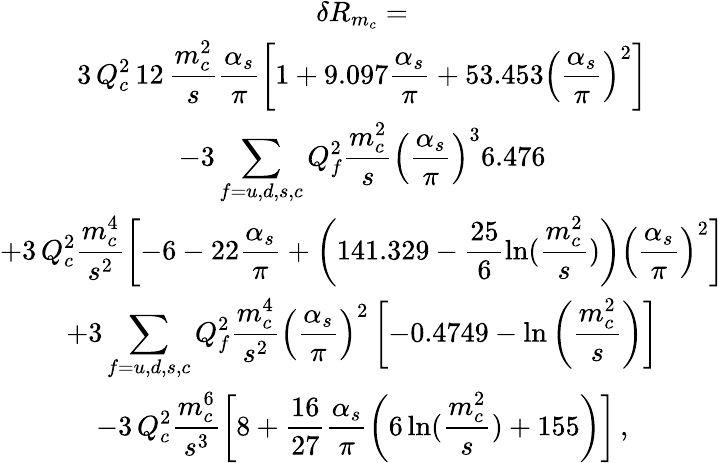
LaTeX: \begin{array}{c}{{\delta R_{m_{c}}=}}\\ {{\displaystyle 3\, Q_{c}^{2}\, 12\, \frac{m_{c}^{2}}{s}\frac{\alpha_{s}}{\pi}\left[1+9.097\frac{\alpha_{s}}{\pi}+53.453\left(\frac{\alpha_{s}}{\pi}\right)^{2}\right]}}\\ {{\displaystyle-3\sum_{f=u,d,s,c}Q_{f}^{2}\frac{m_{c}^{2}}{s}\left(\frac{\alpha_{s}}{\pi}\right)^{3}6.476}}\\ {{\displaystyle+3\, Q_{c}^{2}\frac{m_{c}^{4}}{s^{2}}\left[-6-22\frac{\alpha_{s}}{\pi}+\left(141.329-\frac{25}{6}\ln(\frac{m_{c}^{2}}{s})\right)\left(\frac{\alpha_{s}}{\pi}\right)^{2}\right]}}\\ {{\displaystyle+3\sum_{f=u,d,s,c}Q_{f}^{2}\frac{m_{c}^{4}}{s^{2}}\left(\frac{\alpha_{s}}{\pi}\right)^{2}\left[-0.4749-\ln\left(\frac{m_{c}^{2}}{s}\right)\right]}}\\ {{\displaystyle-3\, Q_{c}^{2}\frac{m_{c}^{6}}{s^{3}}\left[8+\frac{16}{27}\frac{\alpha_{s}}{\pi}\left(6\ln(\frac{m_{c}^{2}}{s})+155\right)\right]\, ,}}\end{array}